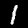
Digit: 1